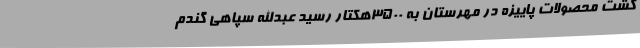
کشت محصولات پاییزه در مهرستان به 3500هکتار رسید عبدالله سپاهی گندم